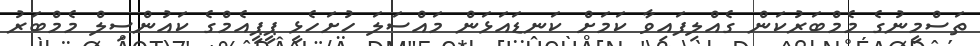
ތަސްމީނުގެ މެމްބަރުކަން ގެއްލިފައިވާ ކަމަށް ކަނޑައަޅަން މައްސަލަ ހުށަހެޅީ ޕީޕީއެމްގެ ކައުންސިލް މެމްބަރު